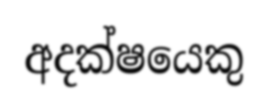
අදක්ෂයෙකු